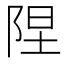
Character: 陧